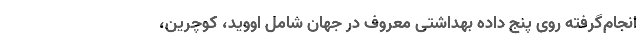
انجام‌گرفته روی پنج داده بهداشتی معروف در جهان شامل اووید، کوچرین،